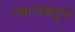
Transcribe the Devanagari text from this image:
त्याजकडून